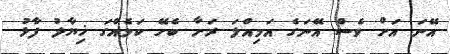
އޭނަ އަށް ވެސް އޭނަގެ އަމިއްލަ ރަށާ ބެހޭ ކަމެއްގަ ޚިޔާލު ފާޅު